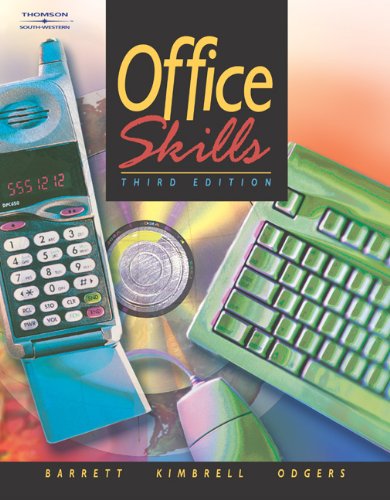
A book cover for Office Skills; Charles Francis Barrett; Business & Money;